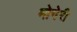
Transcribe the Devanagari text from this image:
मोगेरी